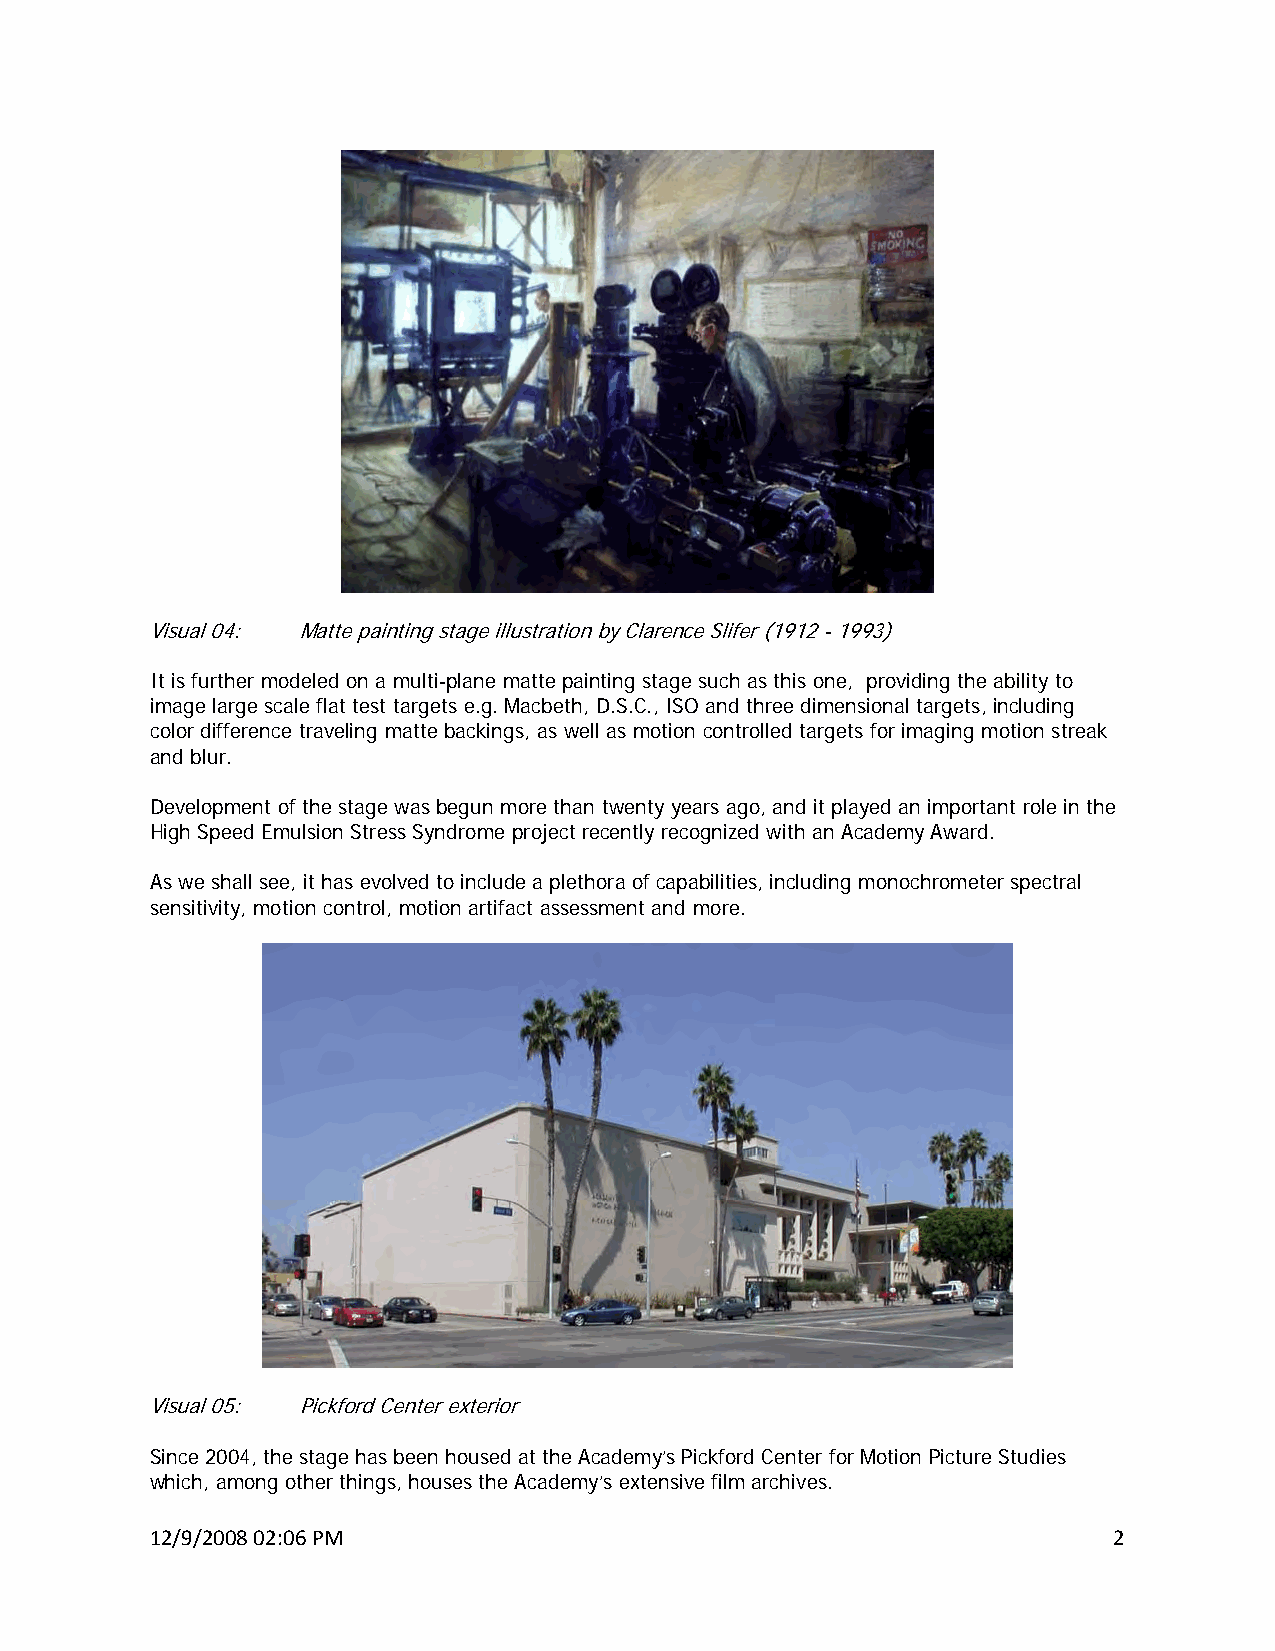
Visual 04: Matte painting stage illustration by Clarence Slifer (1912 - 1993)
 It is further modeled on a multi-plane matte painting stage such as this one, providing the ability to
 image large scale flat test targets e.g. Macbeth, D.S.C., ISO and three dimensional targets, including
 color difference traveling matte backings, as well as motion controlled targets for imaging motion streak
 and blur.
 Development of the stage was begun more than twenty years ago, and it played an important role in the
 High Speed Emulsion Stress Syndrome project recently recognized with an Academy Award.
 As we shall see, it has evolved to include a plethora of capabilities, including monochrometer spectral
 sensitivity, motion control, motion artifact assessment and more.
 Visual 05: Pickford Center exterior
 Since 2004, the stage has been housed at the Academy’s Pickford Center for Motion Picture Studies
 which, among other things, houses the Academy’s extensive film archives.
 12/9/2008 02:06 PM                                              2